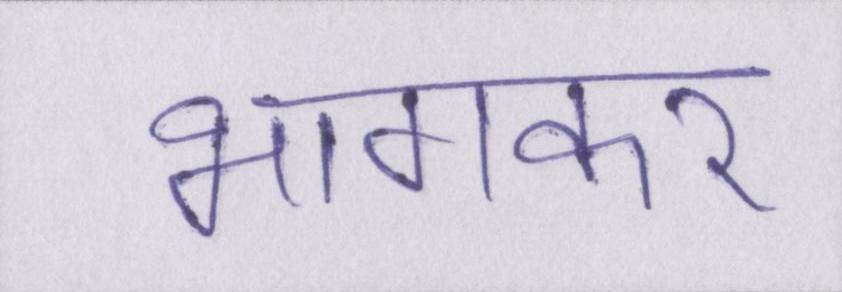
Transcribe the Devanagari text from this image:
भागकर